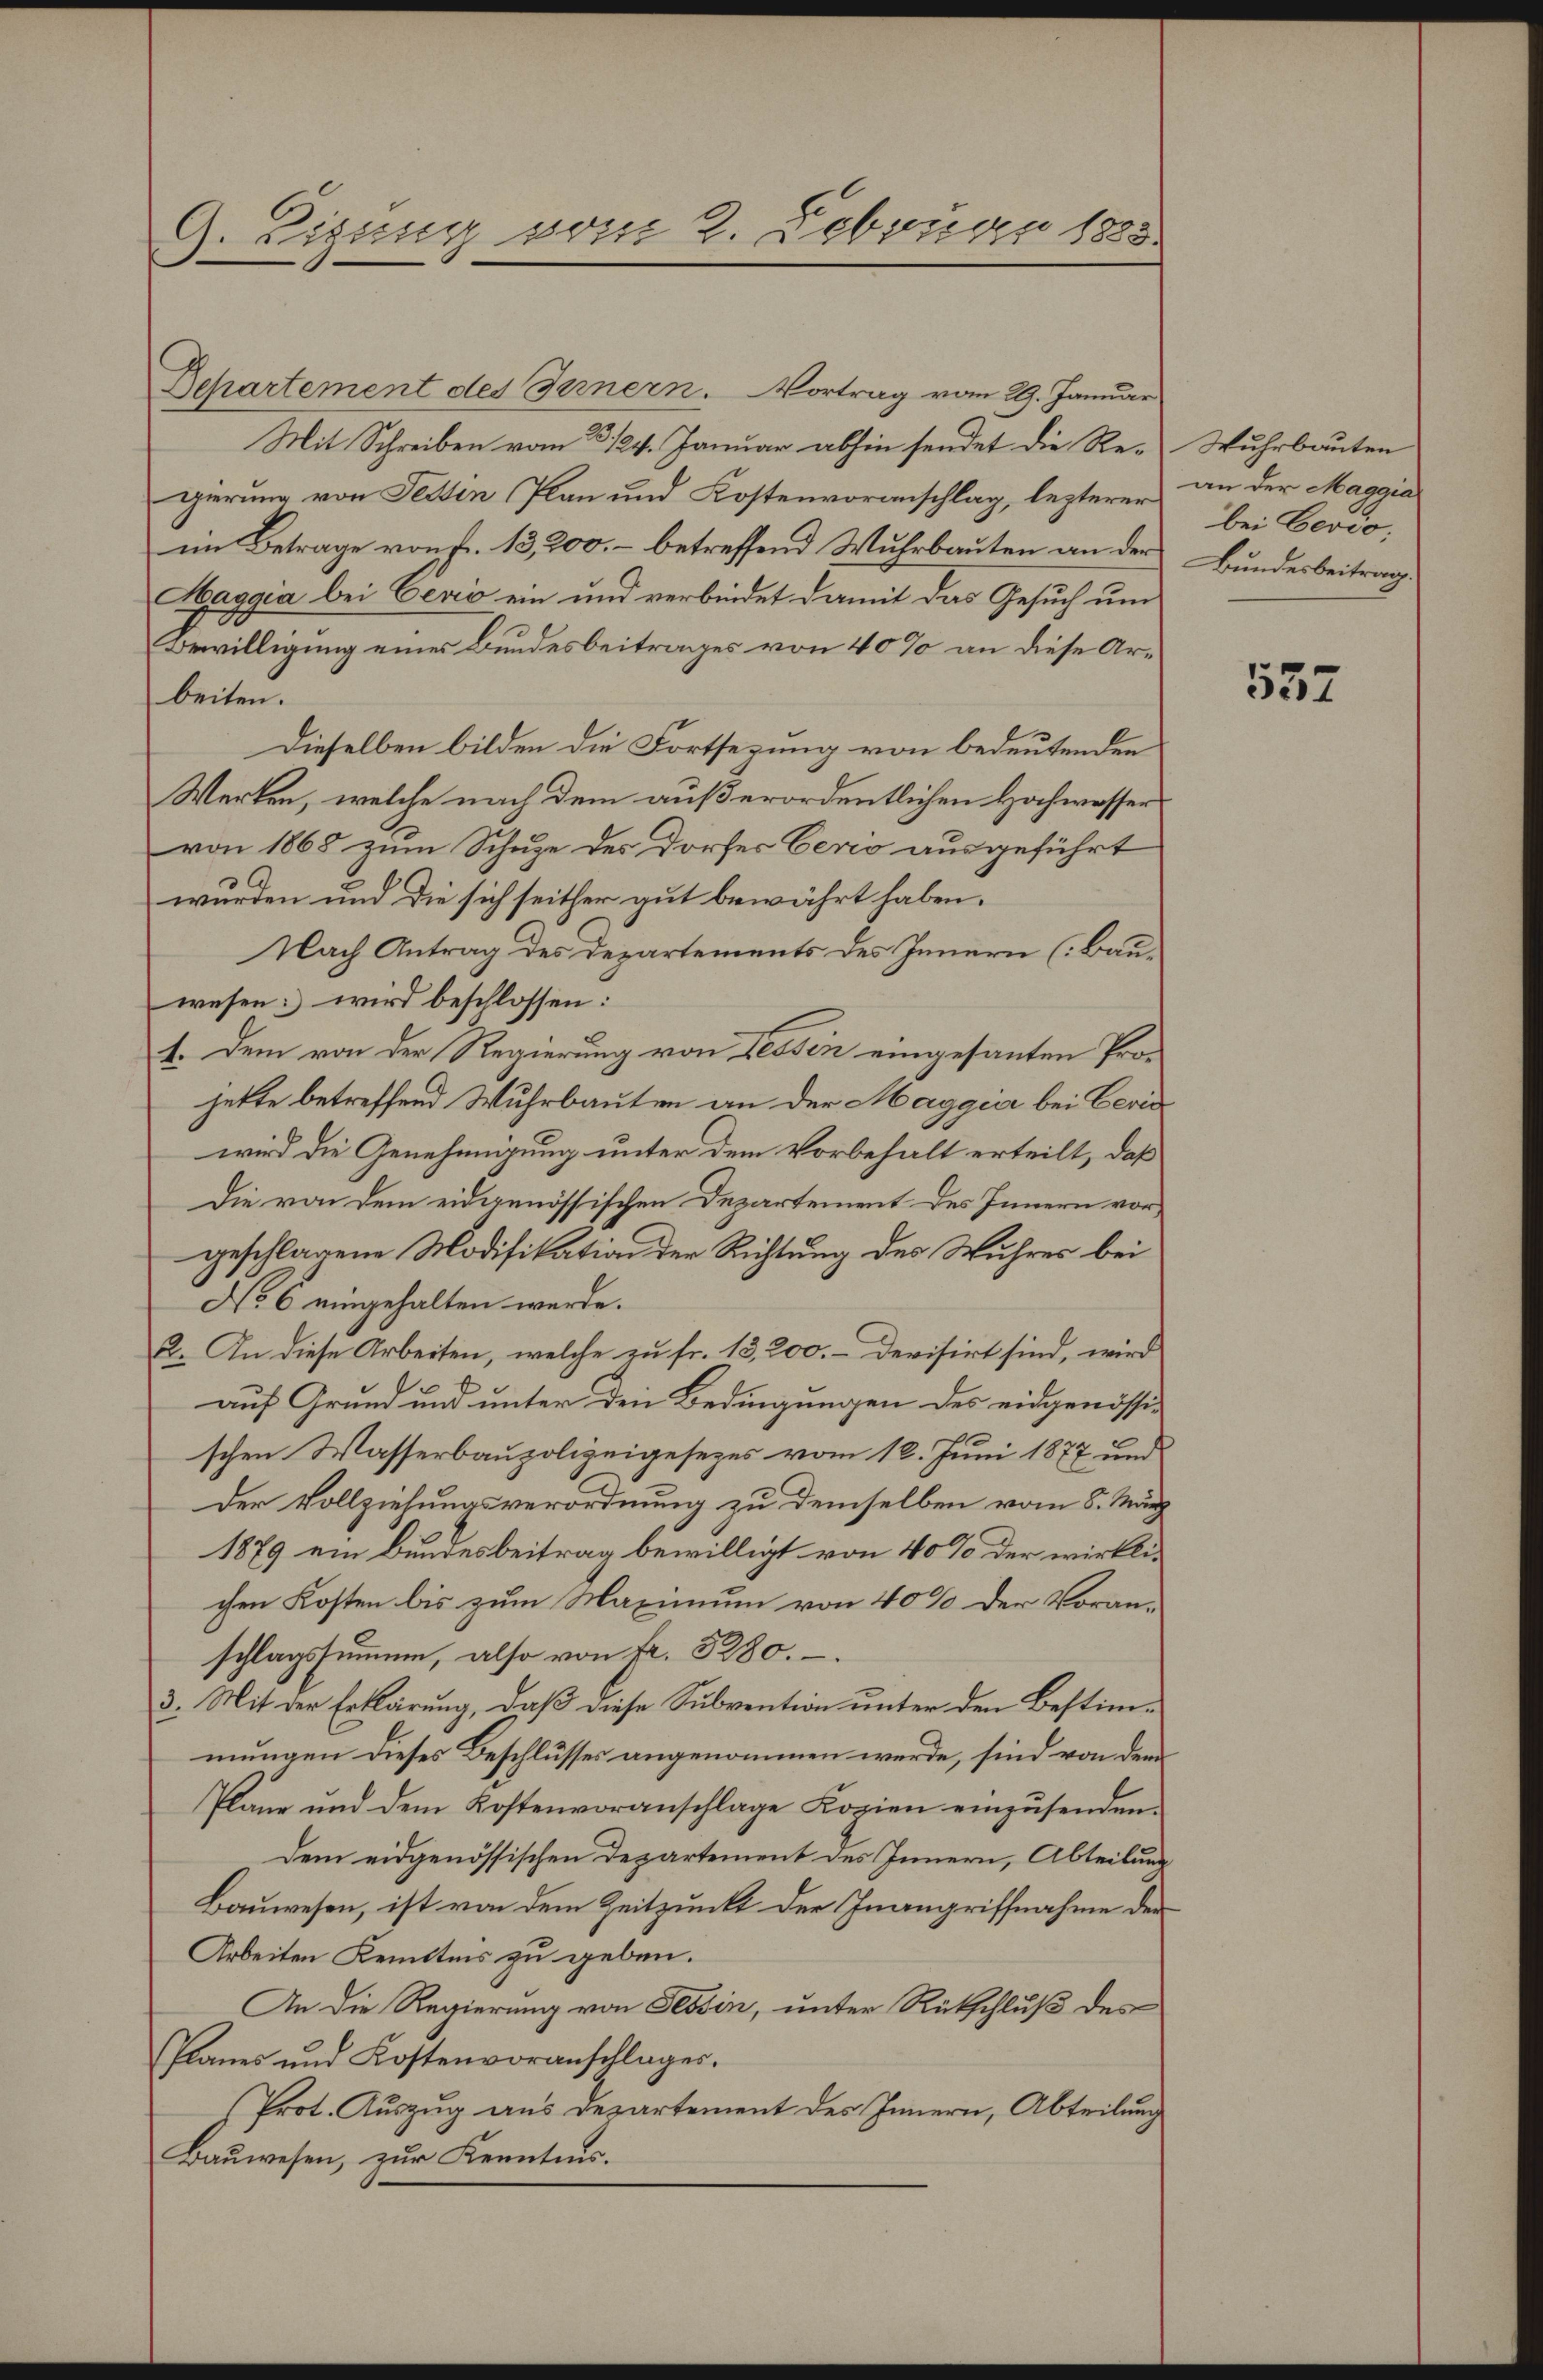
G. Eigung vom 2. Februar 1883

Departement des Gernern. Vortrag vom 29. Januar
Mit Schreiben vom 3. 124. Januar abhin sendet die Regierung von Festin Plan und Kostenvoranschlag, lezterer an der Maggia
im Betrage von Fr. 13,200. – betreffend Wuhrbauten an der
aggia bei Cević ein und verbindet damit das Gesuch um
Bewilligung eines Bundesbeitrages von 40% an diese Arbeiten.
Dieselben bilden die Fortsezung von bedeutenden
Werken, welche nach dem außerordentlichen Hochwesser
von 1868 zum Schuze des Dorfes Cerio ausgeführt
wurden und die sich seither gut bewährt haben.
Nach Antrag des Departements des Innern (Bauwesen wird beschlossen:
1. Dem von der Regierung von Tessin eingesanten Projekte betreffend Wuhrbauten an der Maggia bei Geric
wird die Genehmigung unter dem Vorbehalt erteilt, daß
Die von dem eidgenössischen Departement des Innern vorgeschlagene Modifikation der Richtung des Wuhres bei
No 6 eingehalten werde.
2. An diese Arbeiten, welche zu fr. 13,200.- Devisirt sind, wird
auf Grund und unter den Bedingungen des eidgenössig
schen Wasserbaupolizeigesezes vom 12. Juni 1877 und
der Vollziehungsverordnung zu demselben vom 8. März
1879 ein Bundesbeitrag bewilligt von 40% der wirklichen Kosten bis zum Maximum von 40% der Voranschlagssumme, also von Fr. 3280.
3. Mit der Erklärung, daß diese Subvention unter den Bestimmungen dieses Beschlusses angenommen werde, sind von dem
Plane und dem Kostenvoranschlage Kopien einzŭsenden.
dem eidgenössischen Departement des Innern, Abteilung
Bauwesen, ist von dem Zeitpunkt der Inangriffnahme der
Arbeiten Kenntnis zu geben.
An die Regierung von Tessin, unter Rükschluß des
Planes und Kostenvoranschlages.
Prot. Auszug aus Departement des Innern, Abteilung
Bauwesen, zur Kenntnis.

Wuhrbauten
bei Cevio;
Bundesbeitrag.

557